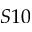
S 1 0